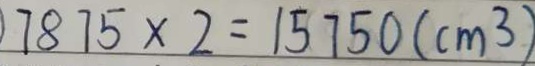
7 8 7 5 \times 2 = 1 5 7 5 0 ( c m ^ { 3 } )